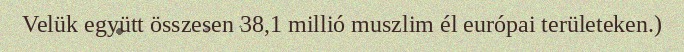
Velük együtt összesen 38,1 millió muszlim él európai területeken.)